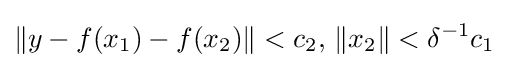
\|y-f(x_{1})-f(x_{2})\|<c_{2},\,\|x_{2}\|<\delta ^{-1}c_{1}